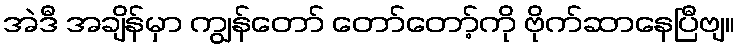
အဲဒီ အချိန်မှာ ကျွန်တော် တော်တော့်ကို ဗိုက်ဆာနေပြီဗျ။